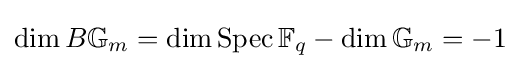
\dim B\mathbb {G} _{m}=\dim \operatorname {Spec} \mathbb {F} _{q}-\dim \mathbb {G} _{m}=-1